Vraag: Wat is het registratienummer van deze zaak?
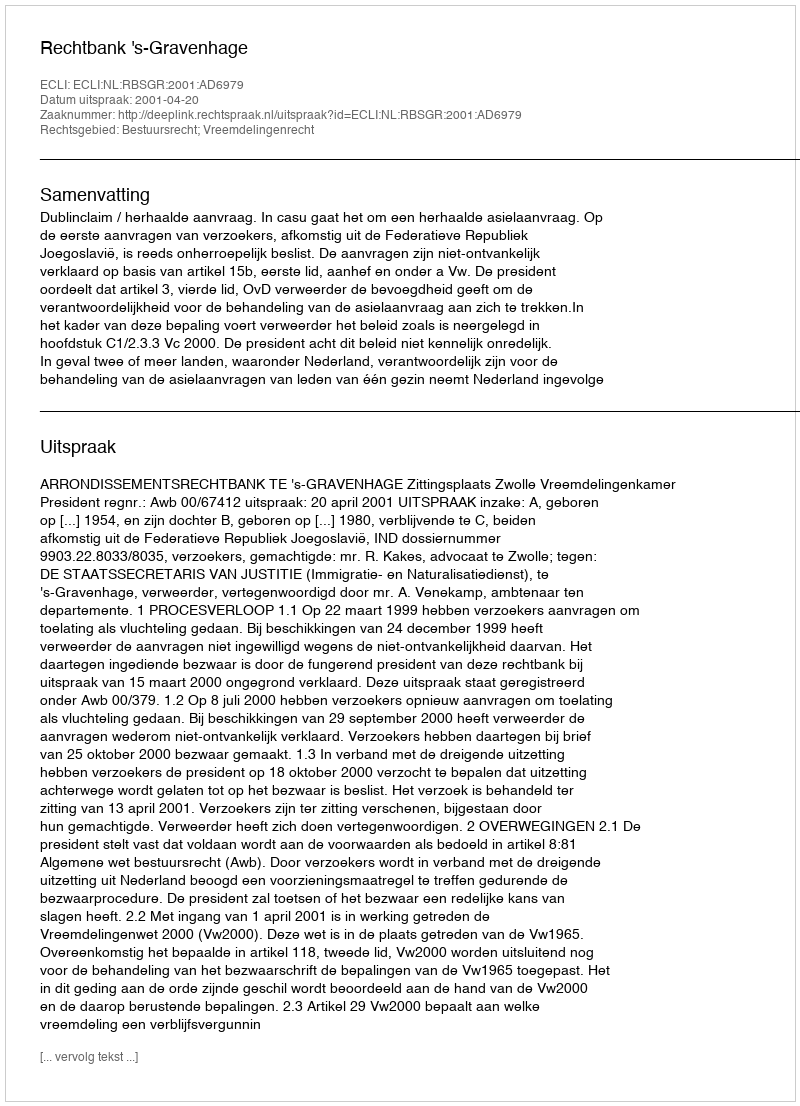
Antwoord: http://deeplink.rechtspraak.nl/uitspraak?id=ECLI:NL:RBSGR:2001:AD6979